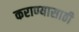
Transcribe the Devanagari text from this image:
कराण्यासाठी